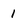
Character: 1